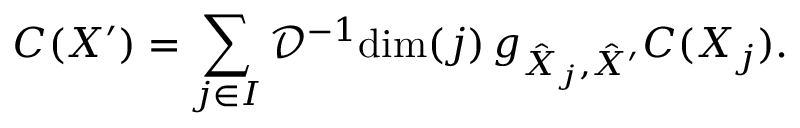
C ( X ^ { \prime } ) = \sum _ { j \in I } \mathcal { D } ^ { - 1 } \mathrm { d i m } ( j ) \, g _ { \hat { X } _ { j } , \hat { X } ^ { \prime } } C ( X _ { j } ) .